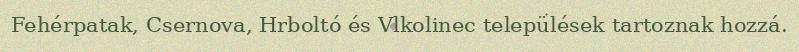
Fehérpatak, Csernova, Hrboltó és Vlkolinec települések tartoznak hozzá.